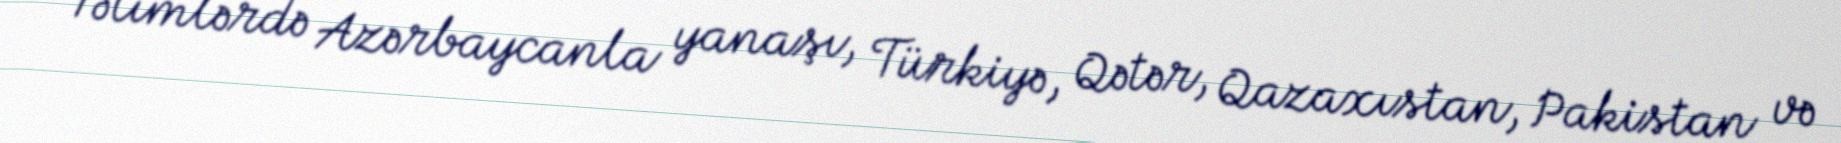
Təlimlərdə Azərbaycanla yanaşı, Türkiyə, Qətər, Qazaxıstan, Pakistan və